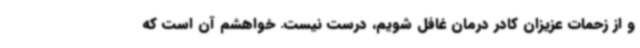
و از زحمات عزیزان کادر درمان غافل شویم، درست نیست. خواهشم آن است که